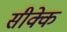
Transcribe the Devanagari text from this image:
सीक्के